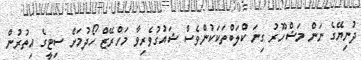
ދުނިޔޭގެ ނަން މަޝްހޫރު ގިނަ ކްލަބްތަކަކުންވެސް ޝައުގުވެރިވާ މަހްރޭޒް ހޯދުމަށް ސިޓީގެ އިތުރުން